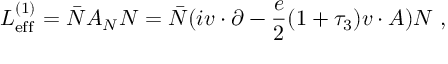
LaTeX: { \cal L } _ { \mathrm { e f f } } ^ { ( 1 ) } = \bar { N } { \cal A } _ { N } N = \bar { N } ( i v \cdot \partial - { \frac { e } { 2 } } ( 1 + \tau _ { 3 } ) v \cdot A ) N \; ,